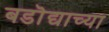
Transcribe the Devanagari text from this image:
बडॊद्याच्या